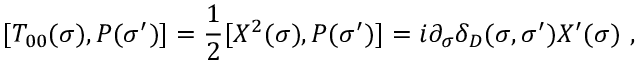
[ T _ { 0 0 } ( \sigma ) , P ( \sigma ^ { \prime } ) ] = \frac { 1 } { 2 } [ X ^ { 2 } ( \sigma ) , P ( \sigma ^ { \prime } ) ] = i \partial _ { \sigma } \delta _ { D } ( \sigma , \sigma ^ { \prime } ) X ^ { \prime } ( \sigma ) \ ,